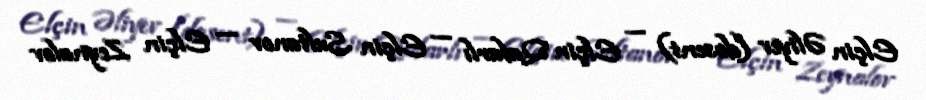
Elçin Əliyev (dosent) — Elçin Qafarlı — Elçin Sultanov — Elçin Zeynalov